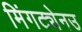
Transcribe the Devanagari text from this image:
मिंगट्येनउ